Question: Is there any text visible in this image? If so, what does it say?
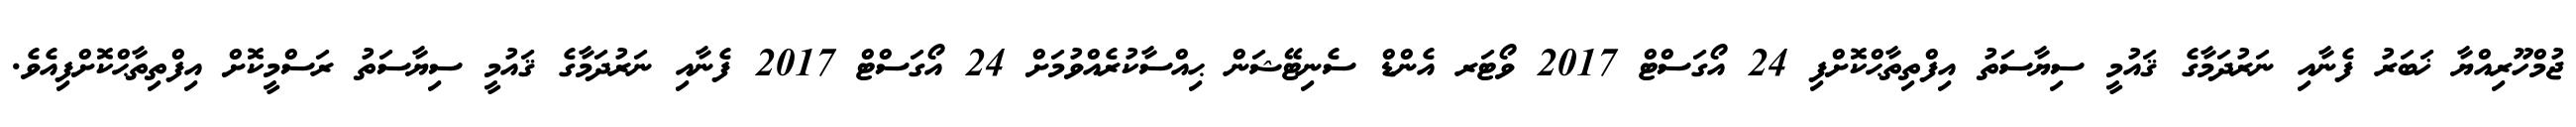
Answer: ޖުމްހޫރިއްޔާ ޚަބަރު ފެނާއި ނަރުދަމާގެ ޤައުމީ ސިޔާސަތު އިފްތިތާޙްކޮށްފި 24 އޯގަސްޓް 2017 ވޯޓަރ އެންޑް ސެނިޓޭޝަން ޙިއްސާކުރެއްވުމަށް 24 އޯގަސްޓް 2017 ފެނާއި ނަރުދަމާގެ ޤައުމީ ސިޔާސަތު ރަސްމީކޮށް އިފްތިތާޙްކޮށްފިއެވެ.